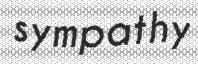
sympathy